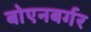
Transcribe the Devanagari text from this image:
बोएनबर्गर